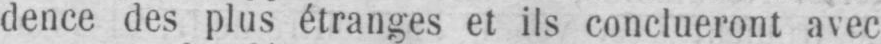
dence des plus étranges et ils conclueront avec